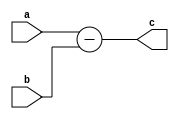
// This program was cloned from: https://github.com/manish-kj/Posit-HDL-Arithmetic
// License: BSD 3-Clause "New" or "Revised" License

module sub_N (a,b,c);
parameter N=10;
input [N-1:0] a,b;
output [N:0] c;
assign c = {1'b0,a} - {1'b0,b};
endmodule